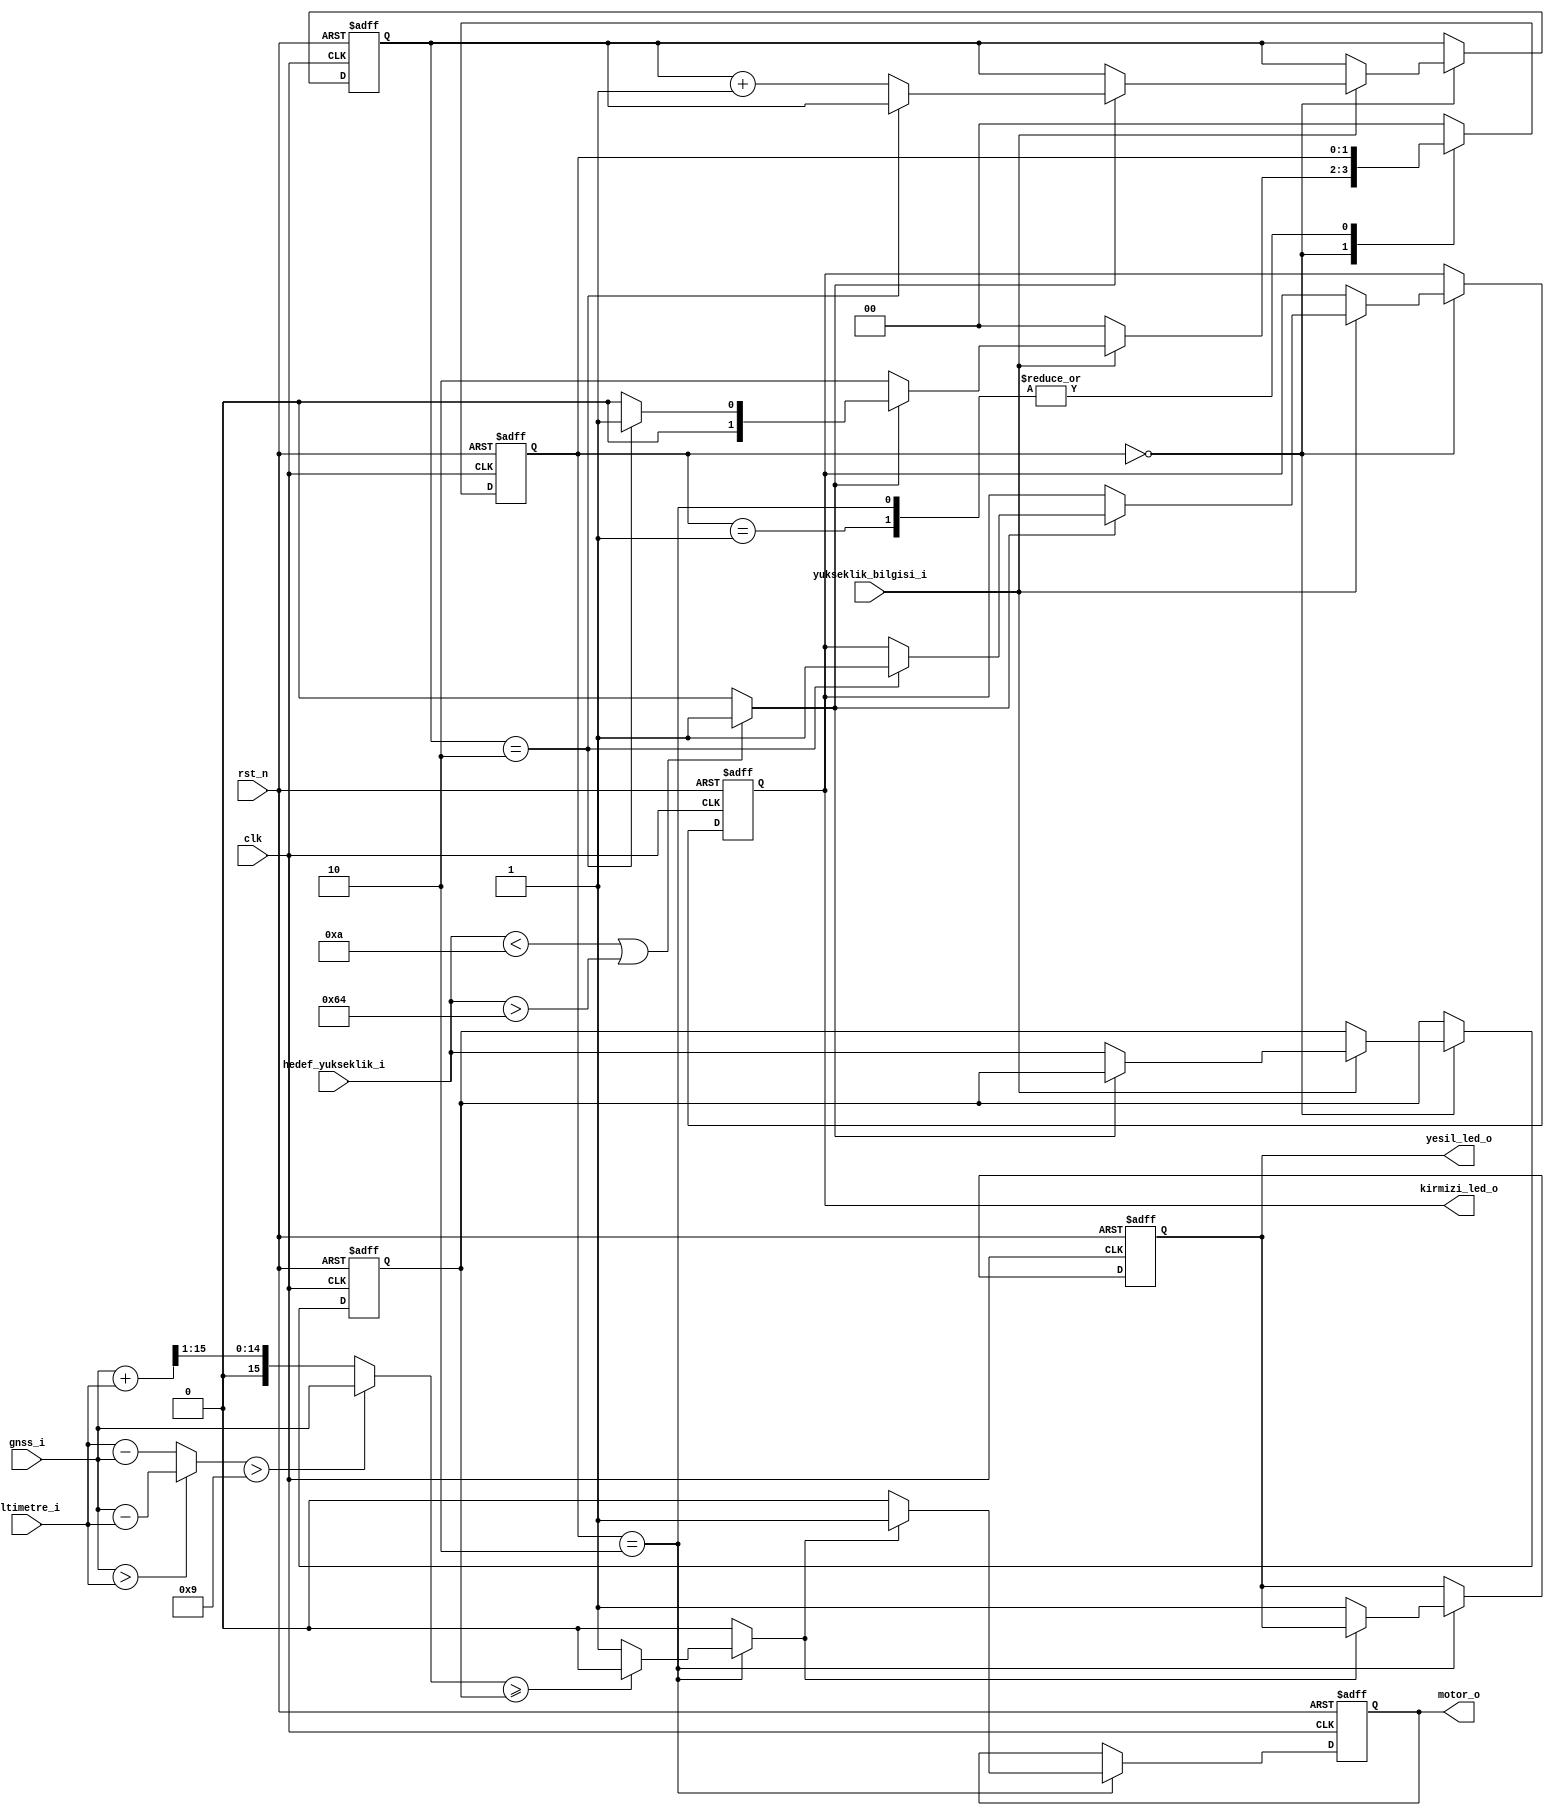
module fsm_otopilot
(
input clk,
input rst_n,
input [15:0] gnss_i,
input [15:0] altimetre_i,
input [7:0] hedef_yukseklik_i,
input yukseklik_bilgisi_i,
output motor_o,
output yesil_led_o,
output kirmizi_led_o
);

localparam S_YUKSEKLIK_BEKLE    = 2'b00;
localparam S_ACIL_DURUS         = 2'b01;
localparam S_UCUS               = 2'b10;

// combinational assignments
reg hedef_yukseklik_hata;
reg motor_ac;
reg [15:0] sensor_fark;
reg [15:0] sensor_ortalama;

// registers
reg [1:0] state;
reg [1:0] hata_sayaci;
reg [7:0] atanan_yukseklik;
reg yesil_led;
reg kirmizi_led;
reg motor;


always @(*) begin
    if (hedef_yukseklik_i < 10 || hedef_yukseklik_i > 100) begin
        hedef_yukseklik_hata = 1'b1;
    end
    else begin
        hedef_yukseklik_hata = 1'b0;
    end

    if (gnss_i > altimetre_i) begin
        sensor_fark = gnss_i - altimetre_i;    
    end
    else begin
        sensor_fark = altimetre_i - gnss_i;
    end

    if (sensor_fark > 9) begin
        sensor_ortalama     = gnss_i;
    end
    else begin
        sensor_ortalama     = (gnss_i + altimetre_i) >> 1;        
    end
    
    motor_ac = 0;
    if (state == S_UCUS) begin
        if (sensor_ortalama >= atanan_yukseklik) begin
            motor_ac = 1'b0;
        end
        else begin
            motor_ac = 1'b1;
        end
    end

end

always @(posedge clk, negedge rst_n) begin
    if (rst_n == 1'b0) begin
        state               <= S_YUKSEKLIK_BEKLE;
        hata_sayaci         <= 2'b00;
        atanan_yukseklik    <= 8'b00000000;
        yesil_led           <= 1'b0;
        kirmizi_led         <= 1'b0;
        motor               <= 1'b0;
    end
    else begin
        case (state)
            S_YUKSEKLIK_BEKLE : begin
                if (yukseklik_bilgisi_i == 1'b1) begin
                    if (hedef_yukseklik_hata == 1'b0) begin
                        atanan_yukseklik    <= hedef_yukseklik_i;
                        state               <= S_UCUS;
                    end
                    else begin
                        if (hata_sayaci == 2'b10) begin
                            state       <= S_ACIL_DURUS;
                            kirmizi_led <= 1'b1;
                        end
                        else begin
                            hata_sayaci <= hata_sayaci + 2'b01;
                            state       <= S_YUKSEKLIK_BEKLE;
                        end
                    end
                end
                else begin
                    state <= S_YUKSEKLIK_BEKLE;
                end
            end
            S_ACIL_DURUS : begin
                //
            end
            S_UCUS : begin
                if (motor_ac == 1'b1) begin
                   motor        <= 1'b1; 
                end
                else begin
                    motor       <= 1'b0;
                    yesil_led   <= 1'b1;
                end
            end

            default: begin
                state <= S_YUKSEKLIK_BEKLE;
            end
        endcase
    end
end

assign motor_o          = motor;
assign yesil_led_o      = yesil_led;
assign kirmizi_led_o    = kirmizi_led;

endmodule